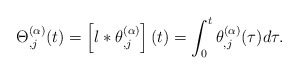
\begin{align*}\Theta_{,j}^{(\alpha)}(t)=\left[l*\theta_{,j}^{(\alpha)}\right](t)=\int_{0}^{t}\theta_{,j}^{(\alpha)}(\tau)d\tau.\end{align*}